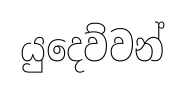
යුදෙව්වන්